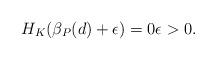
LaTeX: \begin{align*}H_K(\beta_P(d)+\epsilon)=0 \epsilon>0.\end{align*}